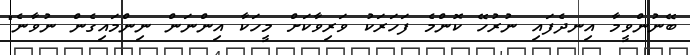
ބޭނުންވީމާ އިނދެފައި ނުރުހޭ ކޮންމެ ފަހަރަކު ވަރިވާކަށް މީހަކާ އިންނަން ނިންމައިގެން ނުވާނެ"